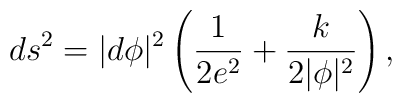
ds^2 = |d\phi|^2 \left(\frac{1}{2e^2} + \frac{k}{2|\phi|^2} \right),